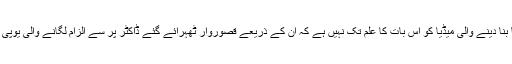
نئی دہلی :گورکھپور شہر کو پیپلی لائیوبنا دینے اور سرکاری معالج، ڈاکٹر کفیل خان کو نتّھا بنا دینے والی میڈیا کو اس بات کا علم تک نہیں ہے کہ ان کے ذریعے قصوروار ٹھہرائے گئے ڈاکٹر پر سے الزام لگانے والی یوپی ایس ٹی ایف نے خود بد عنوانی اور پرائیویٹ پریکٹس کے دو سنگین الزام واپس لے لئے ہیں۔